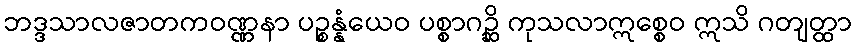
ဘဒ္ဒသာလဇာတကဝဏ္ဏနာ ပဉ္စန္နံယေဝ ပစ္စာဂဉ္ဆိ ကုသလာဣစ္စေဝ ဣသိ ဂတျတ္ထာ